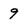
Character: 9